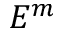
E ^ { m }